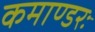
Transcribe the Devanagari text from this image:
कमाण्डरः